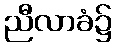
ညီလာခံ၌